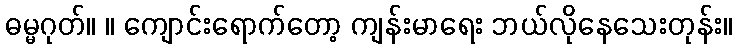
ဓမ္မဂုတ်။ ။ ကျောင်းရောက်တော့ ကျန်းမာရေး ဘယ်လိုနေသေးတုန်း။